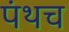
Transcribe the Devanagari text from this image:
पंथच